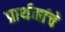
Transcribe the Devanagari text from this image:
प्रार्थनांचे